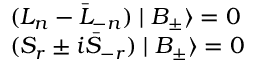
\begin{array} { l } { { ( L _ { n } - \bar { L } _ { - n } ) \mid B _ { \pm } \rangle = 0 } } \\ { { ( S _ { r } \pm i \bar { S } _ { - r } ) \mid B _ { \pm } \rangle = 0 } } \end{array}